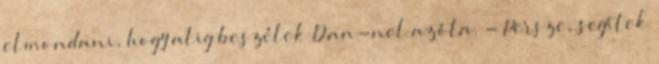
elmondani, hogy alig beszélek Dan-nel azóta. - Persze, segítek